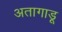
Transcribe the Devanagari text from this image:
अतागाडू